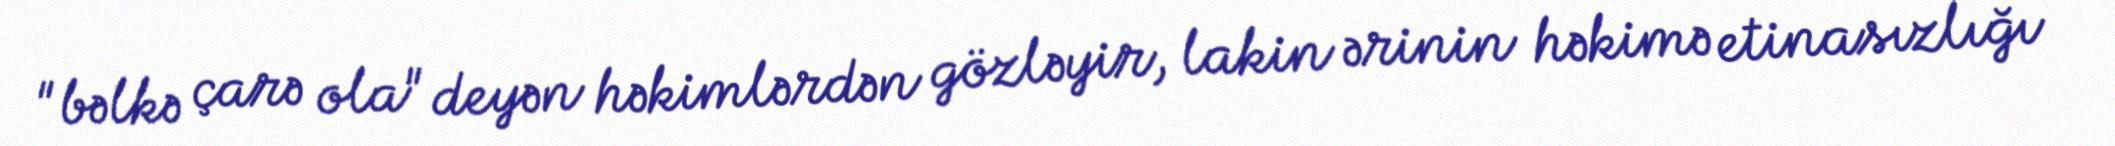
"bəlkə çarə ola" deyən həkimlərdən gözləyir, lakin ərinin həkimə etinasızlığı